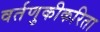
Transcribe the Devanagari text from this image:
वर्तणुकीकरिता